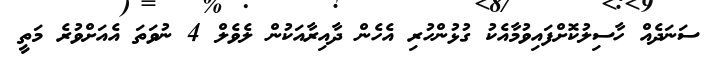
ސަނަދެއް ހާސިލުކޮށްފައިވުމާއެކު ގުޅުންހުރި އެހެން ދާއިރާއަކުން ލެވެލް 4 ނުވަތަ އެއަށްވުރެ މަތީ